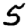
Digit: 5